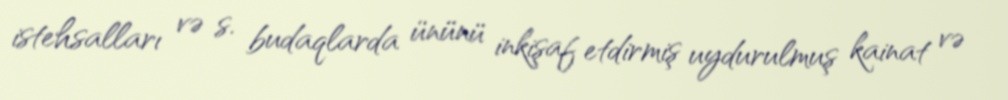
istehsalları və s. budaqlarda ününü inkişaf etdirmiş uydurulmuş kainat və